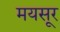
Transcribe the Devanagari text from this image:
मयसूर